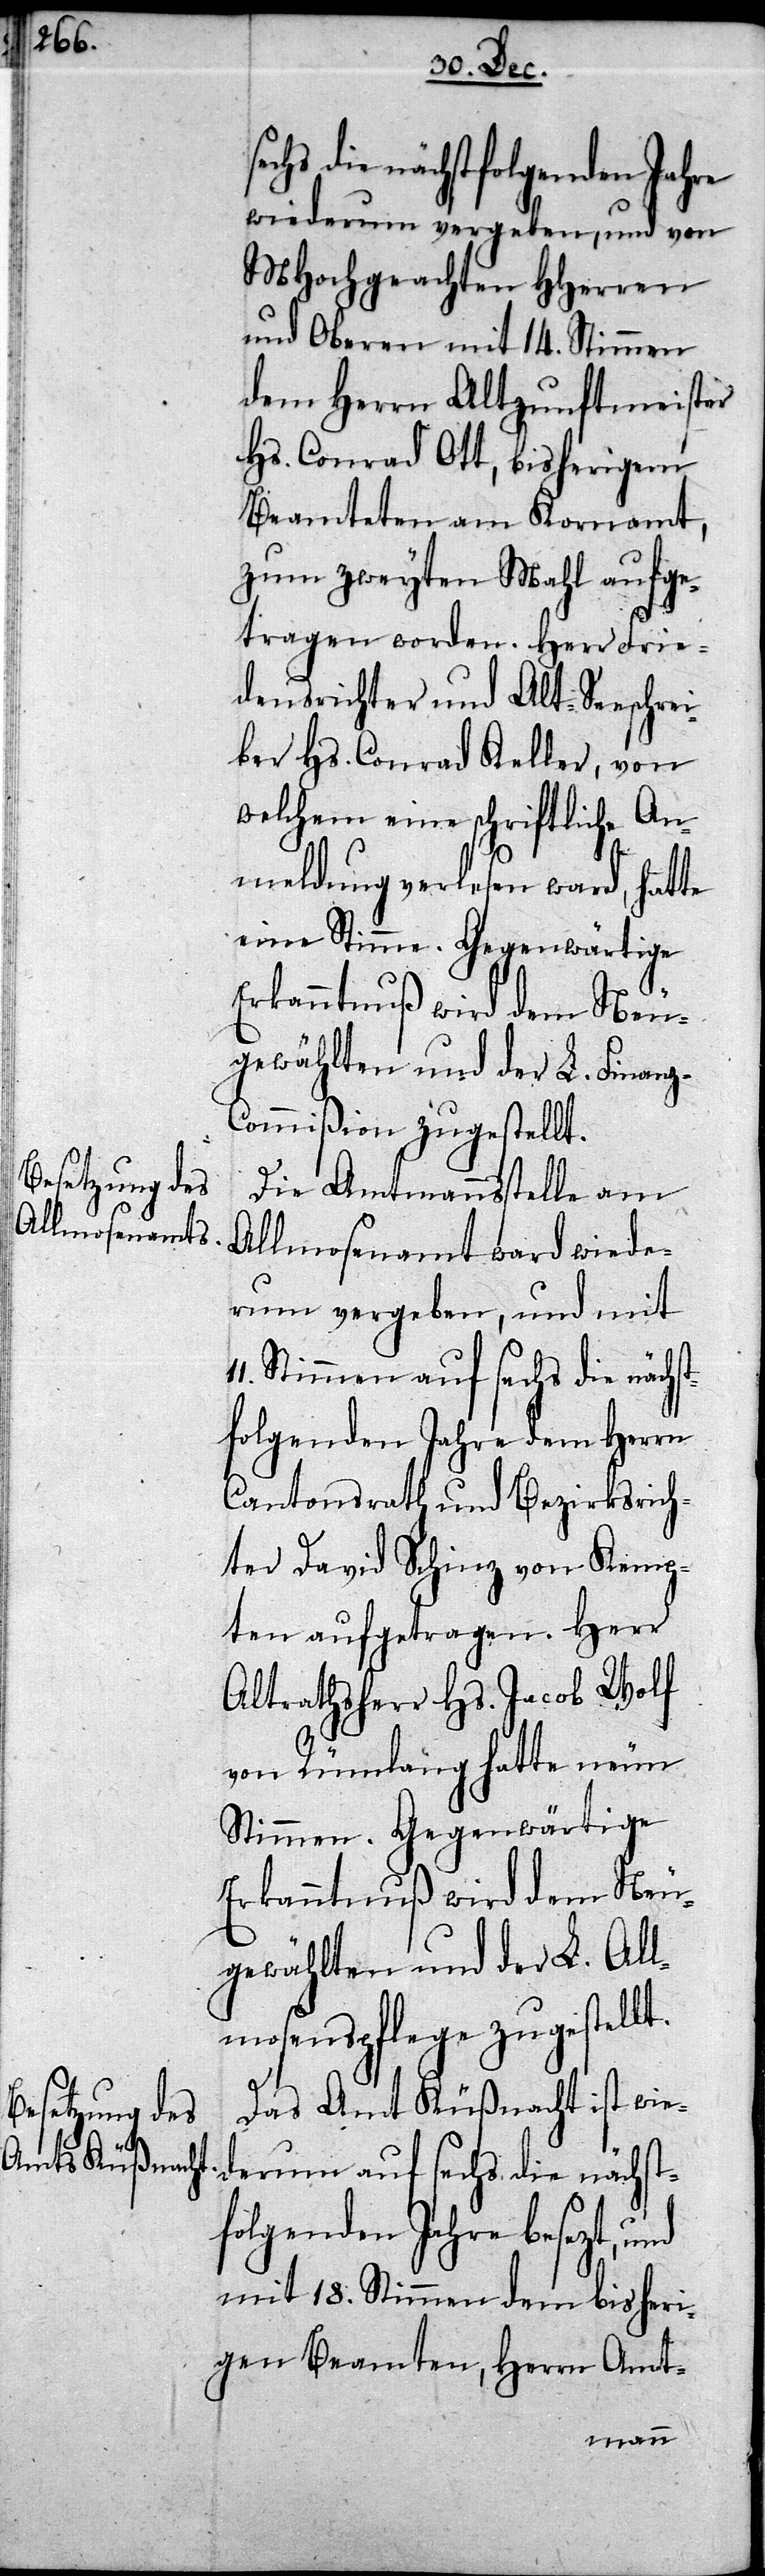
die nächstfolgenden Jahre
wiederum vergeben, und von
MHochgeachten HHerren
und Oberen mit 14. Stimmen
dem Herrn Altzunftmeister
Hs. Conrad Ott, bisherigem
Beamteten am Kornamt,
zum zweyten Mahl aufge¬
tragen worden. Herr Frie¬
densrichter und Alt-Seeschrei¬
ber Hs. Conrad Keller, von
welchem eine schriftliche An¬
meldung verlesen ward, hatte
eine Stimme. Gegenwärtige
Erkanntnuß wird dem Neu¬
gewählten und der L. Finan¬
z-Commißion zugestellt.
Die Amtmannsstelle am
Allmosenamt ward wiede¬
rum vergeben, und mit
Stimmen auf sechs die nächs¬
tfolgenden Jahre dem Herrn
Cantonsrath und Bezirksrich¬
ter David Schinz von Kemp¬
ten aufgetragen. Herr
Altrathsherr Hs. Jacob Wolf
von Rümlang hatte neun
Stimmen. Gegenwärtige
Erkanntnuß wird dem Neu¬
gewählten und der L. All¬
mosenspflege zugestellt.
Das Amt Küßnacht ist wie¬
derum auf sechs die nächst¬
folgenden Jahre besezt, und
mit 18. Stimmen dem bisheri¬
gen Beamten, Herrn Amt-